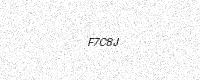
Text: F7C8J